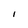
Character: I